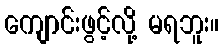
ကျောင်းဖွင့်လို့ မရဘူး။